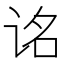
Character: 𬣮